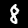
Digit: 8